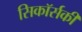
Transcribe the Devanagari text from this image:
सिकॉर्सकी